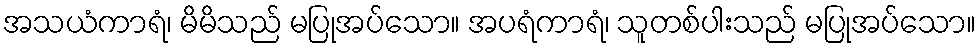
အသယံကာရံ၊ မိမိသည် မပြုအပ်သော။ အပရံကာရံ၊ သူတစ်ပါးသည် မပြုအပ်သော။